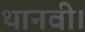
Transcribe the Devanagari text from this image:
थानवी।